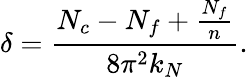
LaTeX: \delta=\frac{N_{c}-N_{f}+\frac{N_{f}}{n}}{8\pi^{2}k_{N}}.